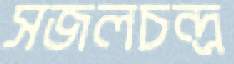
সজলচন্দ্র